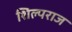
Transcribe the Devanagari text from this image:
शिल्पराज